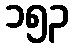
၁၅၃